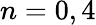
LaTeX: n=0,4